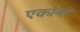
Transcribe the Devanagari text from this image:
एकोनर